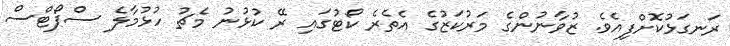
ރަނގަޅުކޮށްފިއެވެ. ޒުވާނުންގެ މަރުކަޒުގެ އެތެރެ ކޯޓުގައި ރޭ ކުޅުނު މެޗު ހުޅުމާލެ ސްޕޯޓްސް